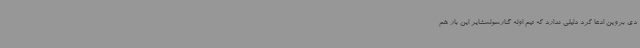
دی بروین ادعا کرد دلیلی ندارد که تیم اوله گنارسولسشایر این بار هم